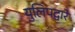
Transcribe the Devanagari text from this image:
युलिपद्वारे